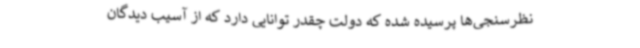
نظرسنجی‌ها پرسیده شده که دولت چقدر توانایی دارد که از آسیب دیدگان